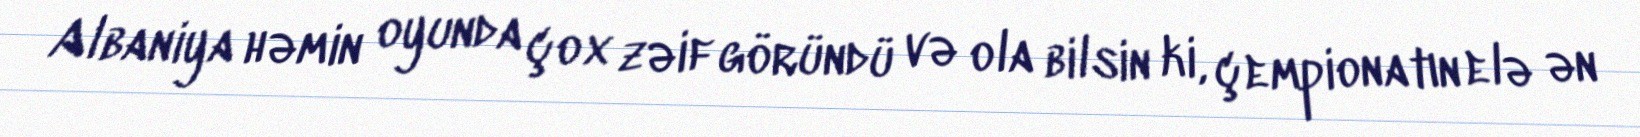
Albaniya həmin oyunda çox zəif göründü və ola bilsin ki, çempionatın elə ən